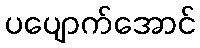
ပပျောက်အောင်